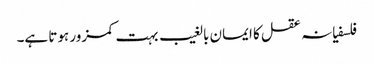
فلسفیانہ عقل کا ایمان بالغیب بہت کمزور ہوتا ہے۔